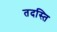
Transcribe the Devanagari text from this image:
तदस्ति